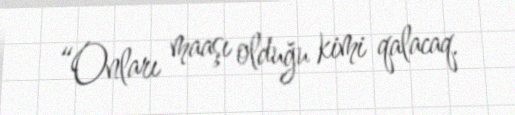
“Onları maaşı olduğu kimi qalacaq.